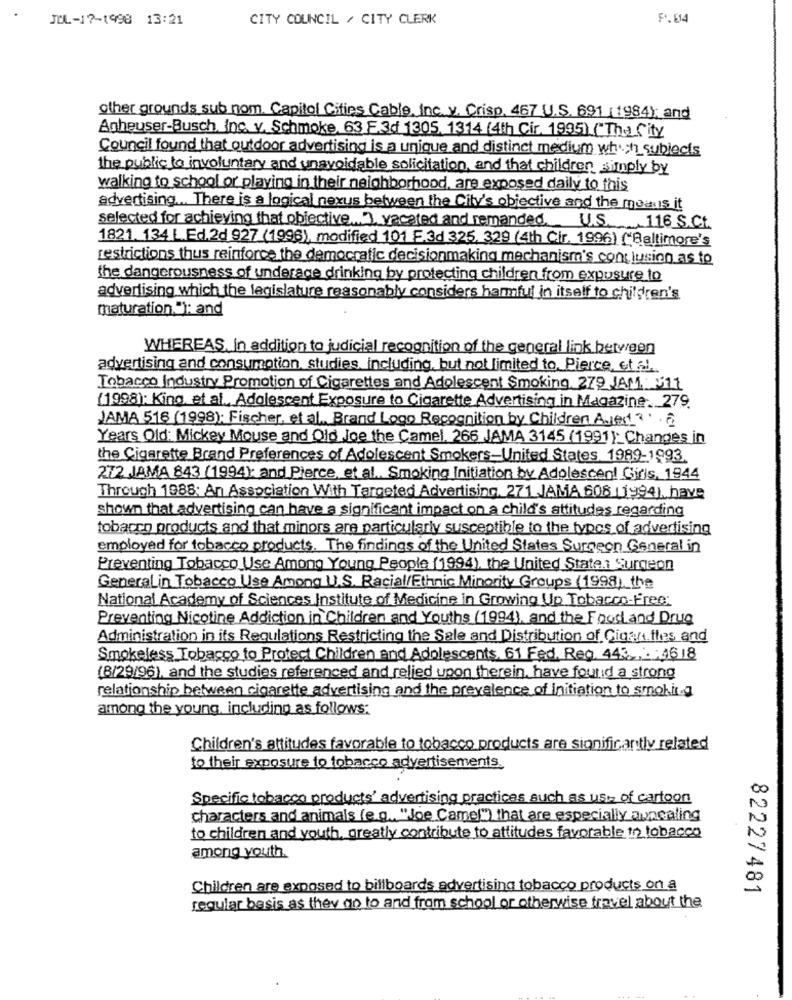
JUL-17-1998 13:21
CITY COUNCIL / CITY CLERK
9.04
other grounds sub nom. Capital Cities Cable, Inc.v. Crisp. 467 U.S. 691 (1984); and
Agheuser-Busch. Inc. v. Schmoke, 63 F.3d 1305. 1314 (4th Cir. 1995) ("The City
Council found that outdoor advertising is a unique and distinct medium why_subjects
the public to involuntary and unavoidable solicitation, and that children simply by
walking to school or playing in their neighborhood, are exposed daily to this
advertising ... There is a logical nexus between the City's objective and the moaus it
selected for achieving that objective .. ], vacated and remanded. U.S ., 116 S.C.
1821. 134 L.Ed.2d 927 (1996), modified 101 F.3d 325, 329 (4th Cir. 1996) ("Baltimore's
restrictions thus reinforce the democratic decisionmaking mechanism's conclusion as to
the dangerousness of underage drinking by protecting children from exposure to
advertising which the legislature reasonably considers harmful in itself to children's
maturation. "): and
WHEREAS. In addition to judicial recognition of the general link between
advertising and consumption, studies, including, but not limited to, Pierce, et Al
Tobacco Industry Promotion of Cigarettes and Adolescent Smoking. 279 JAM. 511
(1998): King. et al. Adolescent Exposure to Cigarette Advertising in Magazine. 279.
JAMA 516 (1998): Fischer, et al ., Brand Logo Recognition by Children Ajest a
Years Old: Mickey Mouse and Old Joe the Camel. 266 JAMA 3145 (1991 ): Changes in
the Cigarette Brand Preferences of Adolescent Smokers-United States. 1989-1993.
272 JAMA 843 (1994): and Pierce, et al ., Smoking Initiation by Adolescent Girls, 1944
Through 1988: An Association With Targeted Advertising. 271 JAMA 608 (1994), have
shown that advertising can have a significant impact on a child's attitudes regarding
tobacco products and that minors are particularly susceptible to the types of advertising
employed for tobacco products. The findings of the United States Surgeon General in
Preventing Tobacco Use Among Young People (1994), the United States Surgeon
Generalin Tobacco Use Among U.S. Racial/Ethnic Minority Groups (1998), the
National Academy of Sciences Institute of Medicine in Growing Up Tobacco-Free:
Preventing Nicotine Addiction in Children and Youths (1994), and the Food and Drug
Administration in its Regulations Restricting the Sale and Distribution of Gigan.thes and
Smokeless Tobacco to Protect Children and Adolescents, 61 Fed. Reg. 443 .. 2 :4618
(8/29/96), and the studies referenced and relied upon therein, have found a strong
relationship between cigarette advertising and the prevalence of initiation to smoking
among the young, including as follows:
Children's attitudes favorable to tobacco products are significantly related
to their exposure to tobacco advertisements.
Specific tobacco products' advertising practices such as use of cartoon
characters and animals (e.g ., "Joe Camel") that are especially annealing
to children and youth, greatly contribute to attitudes favorable in tobacco
among youth.
Children are exposed to billboards advertising tobacco products on a
82227481
regular basis as they go to and from school or otherwise travel about the